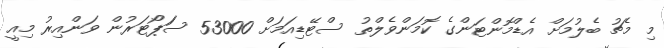
މި މެޗު ބެލުމަށް އެޑްމޮންޓަންގެ ކޮމަންވެލްތު ސްޓޭޑިއަމަށް 53000 ސަަޕޯޓަރުން ވަންއިރު މިއީ